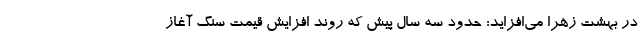
در بهشت زهرا می‌افزاید: حدود سه سال پیش که روند افزایش قیمت سنگ آغاز